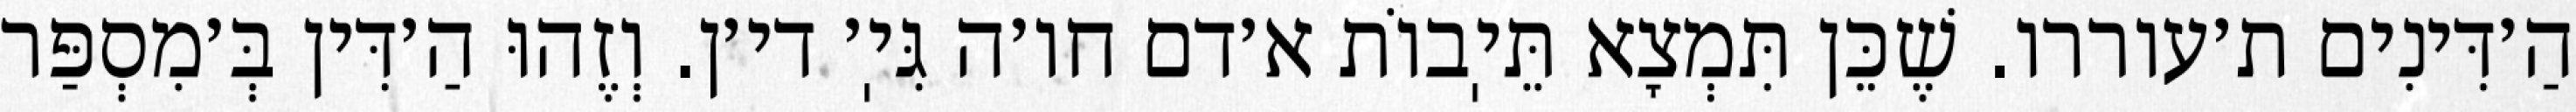
הַ׳דִּינִים ת׳עוררו. שֶׁכֵּן תִּמְצָא תֵּיֽבוֹת א׳דם חו׳ה גִּיֽ׳ די׳ן. וְזֶהוּ הַ׳דִּין בְּ׳מִסְפַּר